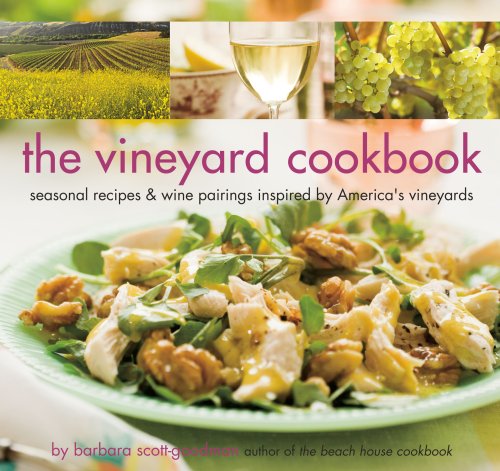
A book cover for The Vineyard Cookbook: Seasonal Recipes & Wine Pairings Inspired by America's Vineyards; Barbara Scott-Goodman; Cookbooks, Food & Wine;